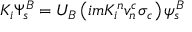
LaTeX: K _ { i } \Psi _ { s } ^ { B } = U _ { B } \left( i m K _ { i } ^ { n } v _ { n } ^ { c } \sigma _ { c } \right) \psi _ { s } ^ { B }